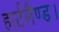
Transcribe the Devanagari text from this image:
हार्टलैण्ड।